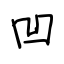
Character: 凹